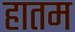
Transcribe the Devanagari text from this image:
हातम